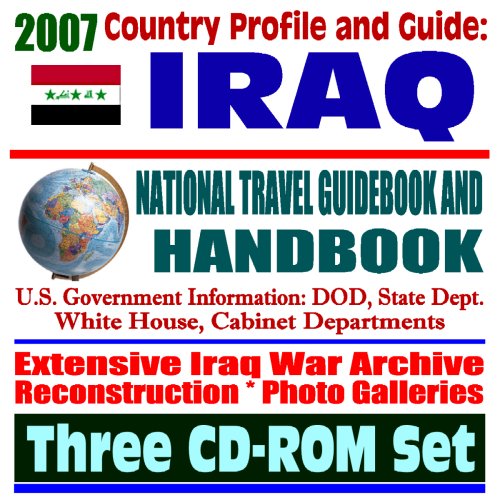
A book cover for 2007 Country Profile and Guide to Iraq - National Travel Guidebook and Handbook - Iraq War Coverage, Reconstruction, Contracts, Elections, USAID, Business Guide (Three CD-ROM Set); U.S. Government; Travel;